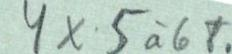
4 x 5 á 6 t.